Report on vaccination North-West Frontier Province 1904-1922 - 1904-1922
Year: 1904
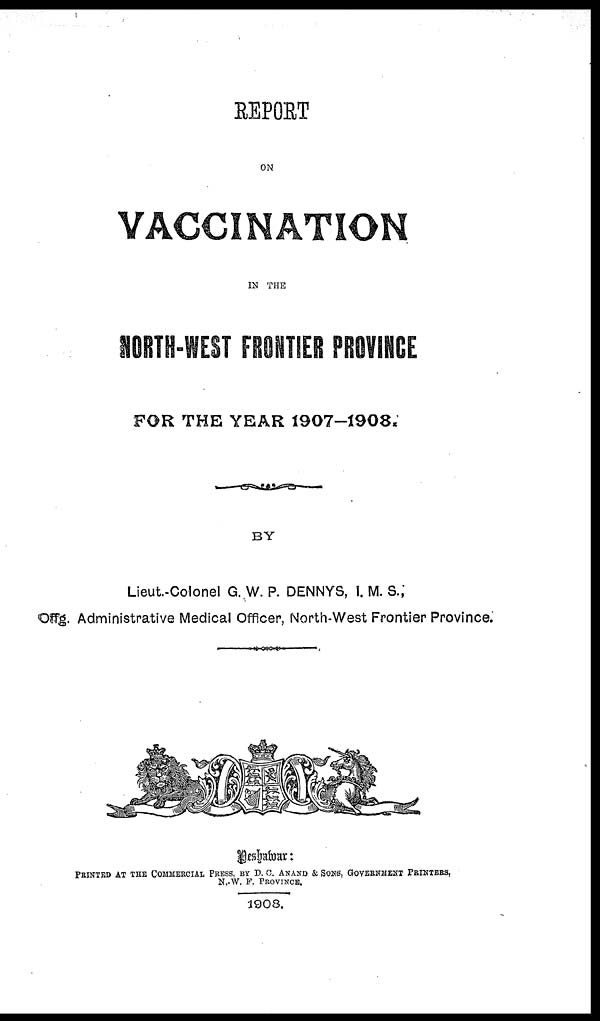
REPORT
ON
VACCINATION
IN THE
NORTH-WEST FRONTIER PROVINCE
FOR THE YEAR 1907-1908.
BY
Lieut-Colonel G. W. P. DENNYS, I. M. S.,
Offg. Administrative Medical Officer, North-West Frontier Province.
Peshawar:
PRINTED AT THE COMMERCIAL PRESS, BY D. C. ANAND & SONS, GOVERNMENT PRINTERS.
N.-W. F. PROVINCE.
1908.